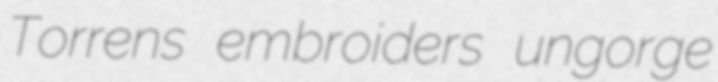
Torrens embroiders ungorge